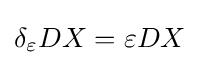
\delta _{\varepsilon }DX=\varepsilon DX